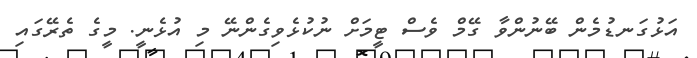
އަޅުގަނޑުމެން ބޭނުންވާ ގޭމް ވެސް ޓީމަށް ނުކުޅެވިގެންނޭ މި އުޅެނީ. މީގެ ތެރޭގައި